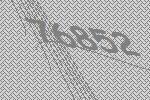
76852